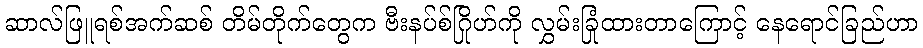
ဆာလ်ဖြူရစ်အက်ဆစ် တိမ်တိုက်တွေက ဗီးနပ်စ်ဂြိုဟ်ကို လွှမ်းခြုံထားတာကြောင့် နေရောင်ခြည်ဟာ